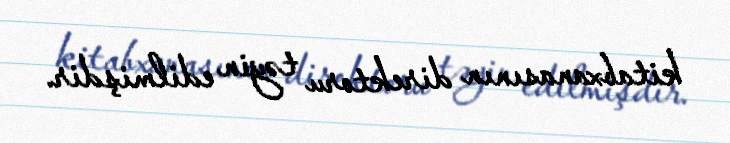
kitabxanasının direktoru təyin edilmişdir.